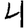
Digit: 4